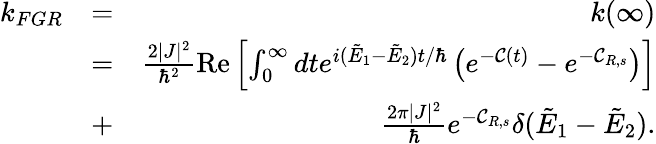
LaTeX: \begin{array}{rlr}{k_{FGR}}&{=}&{k(\infty)}\\ &{=}&{\frac{2|J|^{2}}{\hbar^{2}}\mathrm{Re}\left[\int_{0}^{\infty}dte^{i(\tilde{E}_{1}-\tilde{E}_{2})t/\hbar}\left(e^{-{\mathcal C}(t)}-e^{-{\mathcal C}_{R,s}}\right)\right]}\\ &{+}&{\frac{2\pi|J|^{2}}{\hbar}e^{-{\mathcal C}_{R,s}}\delta(\tilde{E}_{1}-\tilde{E}_{2}).}\end{array}